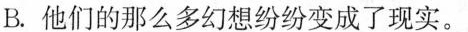
B.他们的那么多幻想纷纷变成了现实。